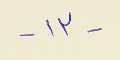
- ١٣ -